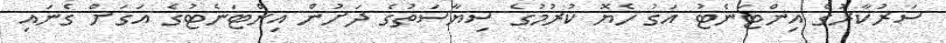
ސަރުކާރުގެ އިންޓަނެޓު އަގު ހެޔޮ ކުރުމުގެ ސިޔާސަތުގެ ދަށުން އިންޓަނެޓުގެ އަގަށް ގެނައި